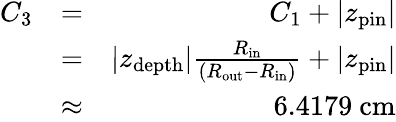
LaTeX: \begin{array}{rlr}{C_{3}}&{=}&{C_{1}+\vert z_{\mathrm{pin}}\vert}\\ {\ }&{=}&{\vert z_{\mathrm{depth}}\vert\frac{R_{\mathrm{in}}}{\left(R_{\mathrm{out}}-R_{\mathrm{in}}\right)}+\vert z_{\mathrm{pin}}\vert}\\ {\ }&{\approx}&{6.4179\ \mathrm{cm}}\end{array}